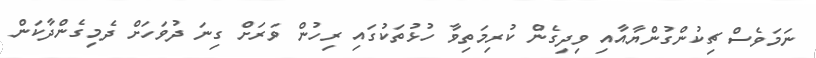
ނަމަވެސް ޗިކުންގުންޔާއާއި ވިދިގެން ކުރިމަތިވާ ހުޅުތަކުގައި ރިހުން ވަރަށް ގިނަ ދުވަހަށް ދެމިގެންދާކަން